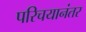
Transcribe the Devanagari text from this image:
परिचयानंतर